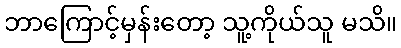
ဘာကြောင့်မှန်းတော့ သူ့ကိုယ်သူ မသိ။